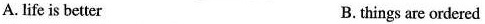
A.life is better B.things are ordered